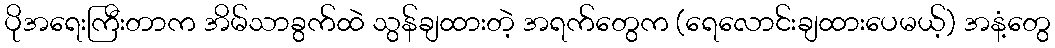
ပိုအရေးကြီးတာက အိမ်သာခွက်ထဲ သွန်ချထားတဲ့ အရက်တွေက (ရေလောင်းချထားပေမယ့်) အနံ့တွေ